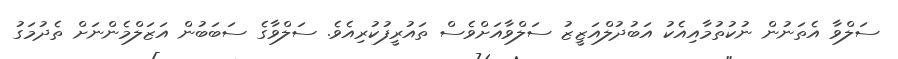
ސަލްވާ އެތަނުން ނުކުތުމާއިއެކު އަބުދުލްއަޒީޒު ސަލްވާއަށްވެސް ތައުރީފުކުރިއެވެ. ސަލްވާގެ ސަބަބުން އަޒަލްމެންނަށް ތެދުމަގު